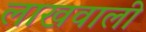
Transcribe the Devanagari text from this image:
लाखवाली